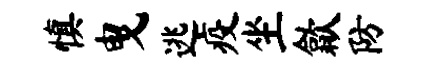
慎曳逃疫坐歙防